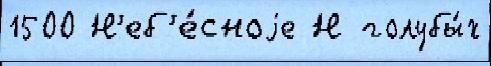
1500 Н'еб'е́сноjе Н голубы́х